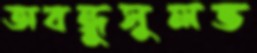
অবন্ধুসুলভ